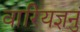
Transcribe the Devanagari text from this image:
वारियज्ञनुं